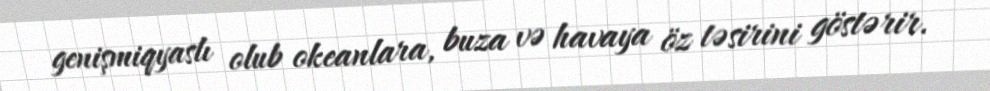
genişmiqyaslı olub okeanlara, buza və havaya öz təsirini göstərir.